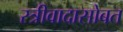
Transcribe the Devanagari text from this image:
स्त्रीवादासोबत